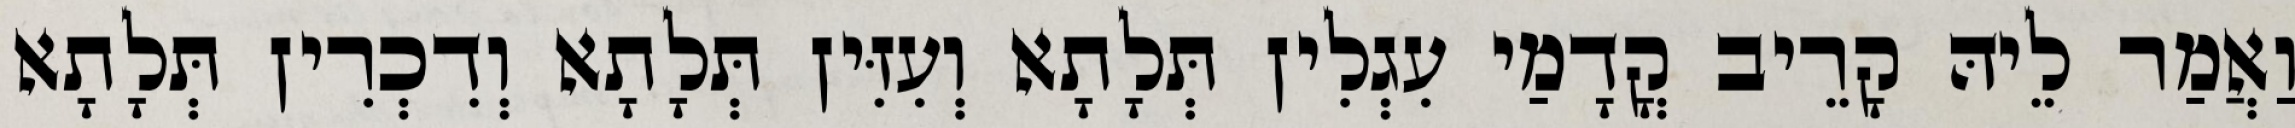
וַאֲמַר לֵיהּ קָרֵיב קֳדָמַי עִגְלִין תְּלָתָא וְעִזִּין תְּלָתָא וְדִכְרִין תְּלָתָא